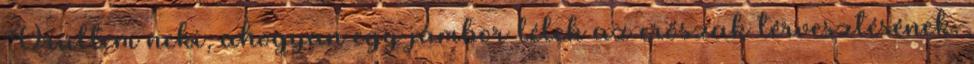
Örültem neki, ahogyan egy jámbor lélek az erőszak térvesztésének.